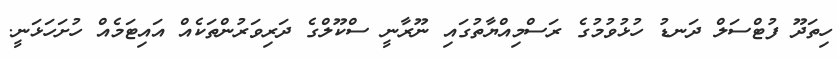
ހިތަދޫ ފުޓްސަލް ދަނޑު ހުޅުވުމުގެ ރަސްމިއްޔާތުގައި ނޫރާނީ ސްކޫލްގެ ދަރިވަރުންތަކެއް އައިޓަމެއް ހުށަހަޅަނީ.